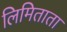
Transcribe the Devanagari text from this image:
लिमिताता